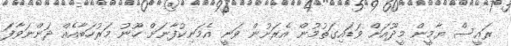
ރައީސް ޔާމީން މީދޫއަށް ވަޑައިގަތުމުން އެރަށުން ވަނީ އެމަނިކުފާނަށް ހޫނު މަރުހަބާއެއް ދަންނަވާފަ